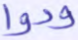
ودوا